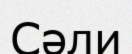
Сәли